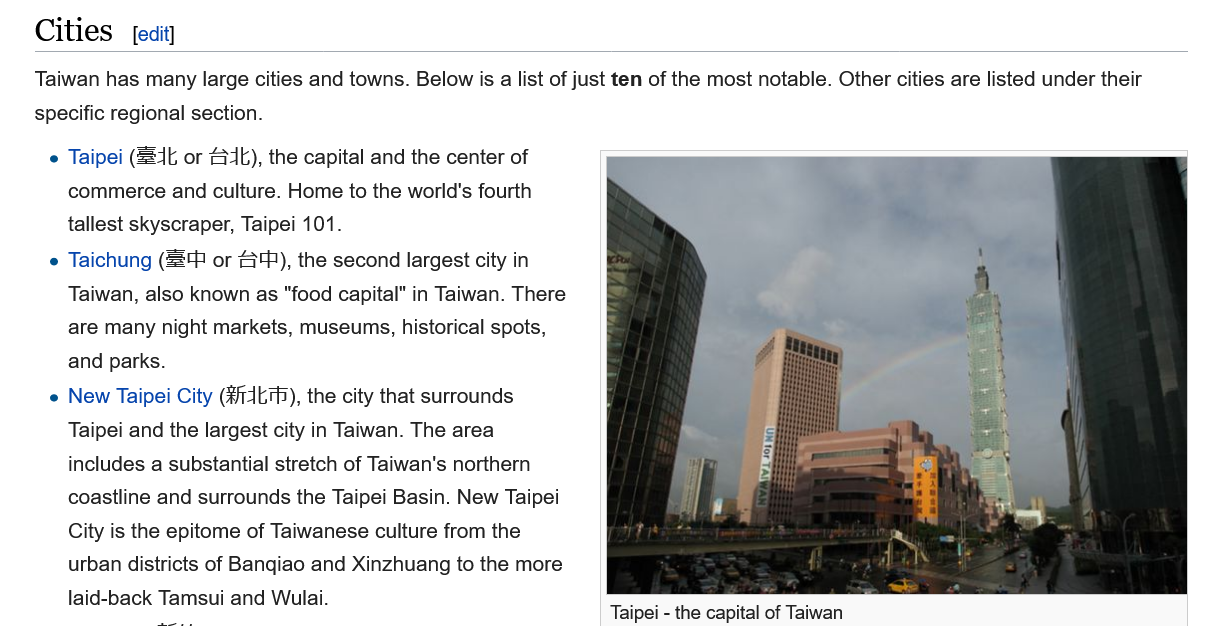
Cities   [edit]
     Taipei - the capital of Taiwan
    Taiwan has many large cities and towns. Below is
   a
     list of just ten of the most notable. Other cities are listed under their
    specific regional section.
     e Taipei (Z4t or 44b), the capital and the center of
     commerce and culture. Home to the world's fourth
     tallest skyscraper, Taipei 101.
     Taichung (ZF or G4), the second largest city in
     Taiwan, also known as "food capital" in Taiwan. There
     are many night markets, museums, historical spots,
     and parks.
     e New Taipei City (414th), the city that surrounds
     Taipei and the largest city in Taiwan. The area
     includes a substantial stretch of Taiwan's northern
     coastline and surrounds the Taipei Basin. New Taipei
     City is the epitome of Taiwanese culture from the
     urban districts of Bangiao and Xinzhuang to the more
     laid-back Tamsui and Wulai.